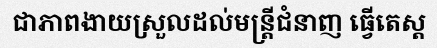
ជាភាពងាយស្រួលដល់មន្ត្រីជំនាញ ធ្វើតេស្ត